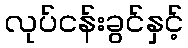
လုပ်ငန်းခွင်နှင့်